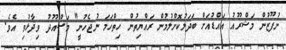
ނުފޫޒުން މަޝްރޫއު އައްޑުއަށް ބަދަލުކޮށްލުމުން ރައްޔިތުން ހިތްހަމަ ނުޖެހުނީ" މަސްއޫދު ވިދާޅުވި އެވެ.